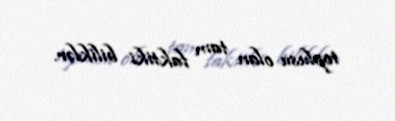
toplusu olan tam faktiki biliklər.